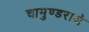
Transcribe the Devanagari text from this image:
चामुण्डराजे